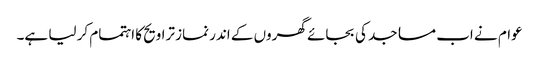
عوام نے اب مساجد کی بجائے گھروں کے اندر نماز تراویح کا اہتمام کر لیا ہے۔